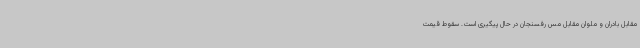
مقابل بادران و ملوان مقابل مس رفسنجان در حال پیگیری است. سقوط قیمت